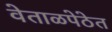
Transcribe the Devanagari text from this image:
वेताळपेठेत